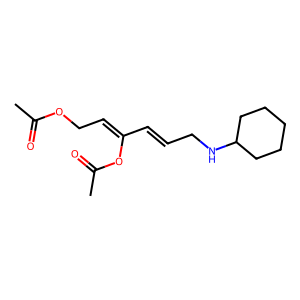
SMILES: CC(=O)OCC=C(C=CCNC1CCCCC1)OC(C)=O
Inhibits HIV replication: No